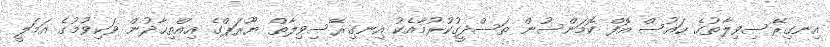
އިނގިރޭސިވިލާތުގެ ހައުސް އޮފް ކޮމަންސުން ތަސްދީގުކުރުމާއެކު އިނގިރޭސިވިލާތް ޔޫރަޕްގެ އިއްތިޙާދުން ވަކިވުމުގެ އަމަލީ